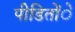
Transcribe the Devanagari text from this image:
पीडिताेंे